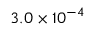
3 . 0 \times 1 0 ^ { - 4 }